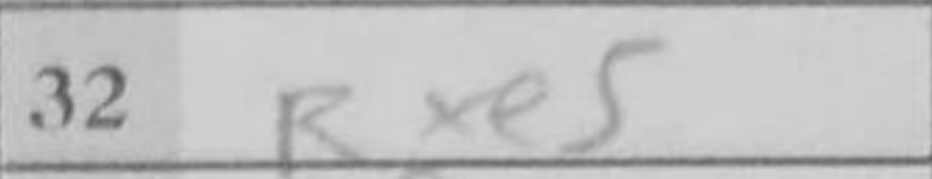
Transcription: Rxe5